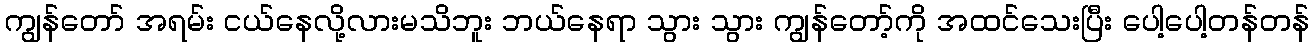
ကျွန်တော် အရမ်း ငယ်နေလို့လားမသိဘူး ဘယ်နေရာ သွား သွား ကျွန်တော့်ကို အထင်သေးပြီး ပေါ့ပေါ့တန်တန်